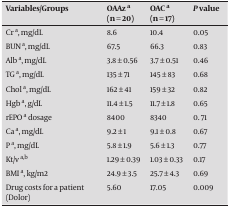
| Variables/Groups | OAAza(n = 20) | OAC a(n = 17) | P value |
 | --- | --- | --- | --- |
 | Cr a, mg/dL | 8.6 | 10.4 | 0.05 |
 | BUN a, mg/dL | 67.5 | 66.3 | 0.83 |
 | Alb a, mg/dL | 3.8 ± 0.56 | 3.7 ± 0.51 | 0.46 |
 | TG a, mg/dL | 135 ± 71 | 145 ± 83 | 0.68 |
 | Chol a, mg/dL | 162 ± 41 | 159 ± 32 | 0.82 |
 | Hgb a, g/dL | 11.4 ± 1.5 | 11.7 ± 1.8 | 0.65 |
 | rEPO a dosage | 8400 | 8340 | 0.71 |
 | Ca a, mg/dL | 9.2 ± 1 | 9.1 ± 0.8 | 0.67 |
 | P a, mg/dL | 5.8 ± 1.9 | 5.6 ± 1.3 | 0.77 |
 | Kt/v a,b | 1.29 ± 0.39 | 1.03 ± 0.33 | 0.17 |
 | BMI a, kg/m2 | 24.9 ± 3.5 | 25.7 ± 4.3 | 0.69 |
 | Drug costs for a patient (Dolor) | 5.60 | 17.05 | 0.009 |